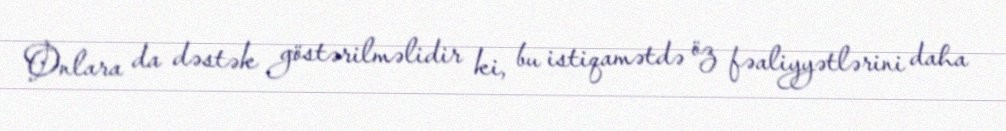
Onlara da dəstək göstərilməlidir ki, bu istiqamətdə öz fəaliyyətlərini daha